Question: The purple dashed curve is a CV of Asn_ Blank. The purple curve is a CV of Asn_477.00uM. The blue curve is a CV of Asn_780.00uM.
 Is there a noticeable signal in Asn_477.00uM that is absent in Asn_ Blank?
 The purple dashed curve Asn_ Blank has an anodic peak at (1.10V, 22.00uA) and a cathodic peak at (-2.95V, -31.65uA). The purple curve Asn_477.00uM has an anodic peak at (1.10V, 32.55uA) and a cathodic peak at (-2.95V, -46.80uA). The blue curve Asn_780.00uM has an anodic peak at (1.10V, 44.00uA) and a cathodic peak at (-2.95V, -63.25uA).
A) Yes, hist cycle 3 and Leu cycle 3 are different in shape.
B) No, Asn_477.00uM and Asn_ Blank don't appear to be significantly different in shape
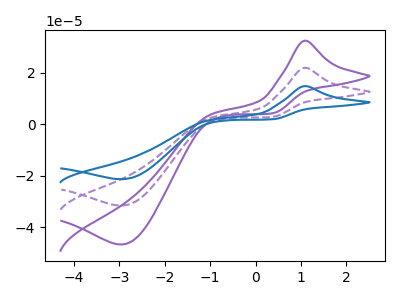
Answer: <think>All the peaks in "Asn_477.00uM" have a peak in "Asn_ Blank" at the same potential. Every peak in "Asn_477.00uM" is higher than every peak in "Asn_ Blank".
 </think>
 <answer>B) No, "Asn_477.00uM" and "Asn_ Blank" don't appear to be significantly different in shape</answer>
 <eval>B</eval>